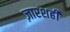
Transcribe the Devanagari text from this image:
ज़ारशही